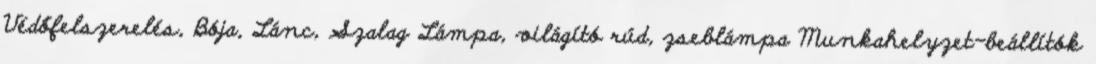
Védőfelszerelés, Bója, Lánc, Szalag Lámpa, világító rúd, zseblámpa Munkahelyzet-beállítók